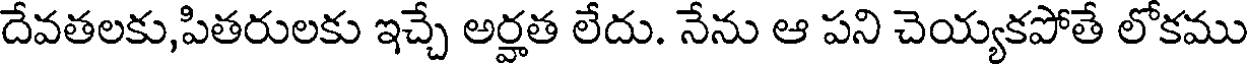
దేవతలకు,పితరులకు ఇచ్చే అర్హత లేదు. నేను ఆ పని చెయ్యకపోతే లోకము